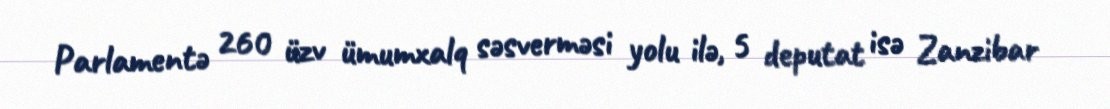
Parlamentə 260 üzv ümumxalq səsverməsi yolu ilə, 5 deputat isə Zanzibar